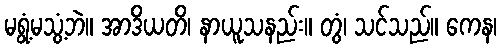
မရွံ့မသွံ့ဘဲ။ အာဒိယတိ၊ နာယူသနည်း။ တွံ၊ သင်သည်။ ကေန၊